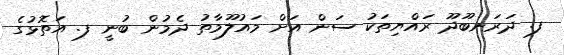
ފ. ދަރަނބޫދޫ ރައްޔިތަކު ސަން އަށް މައުލޫމާތު ދެމުން ބުނީ ފ. އަތޮޅުގެ